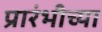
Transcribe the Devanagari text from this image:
प्रारंभीच्‍या